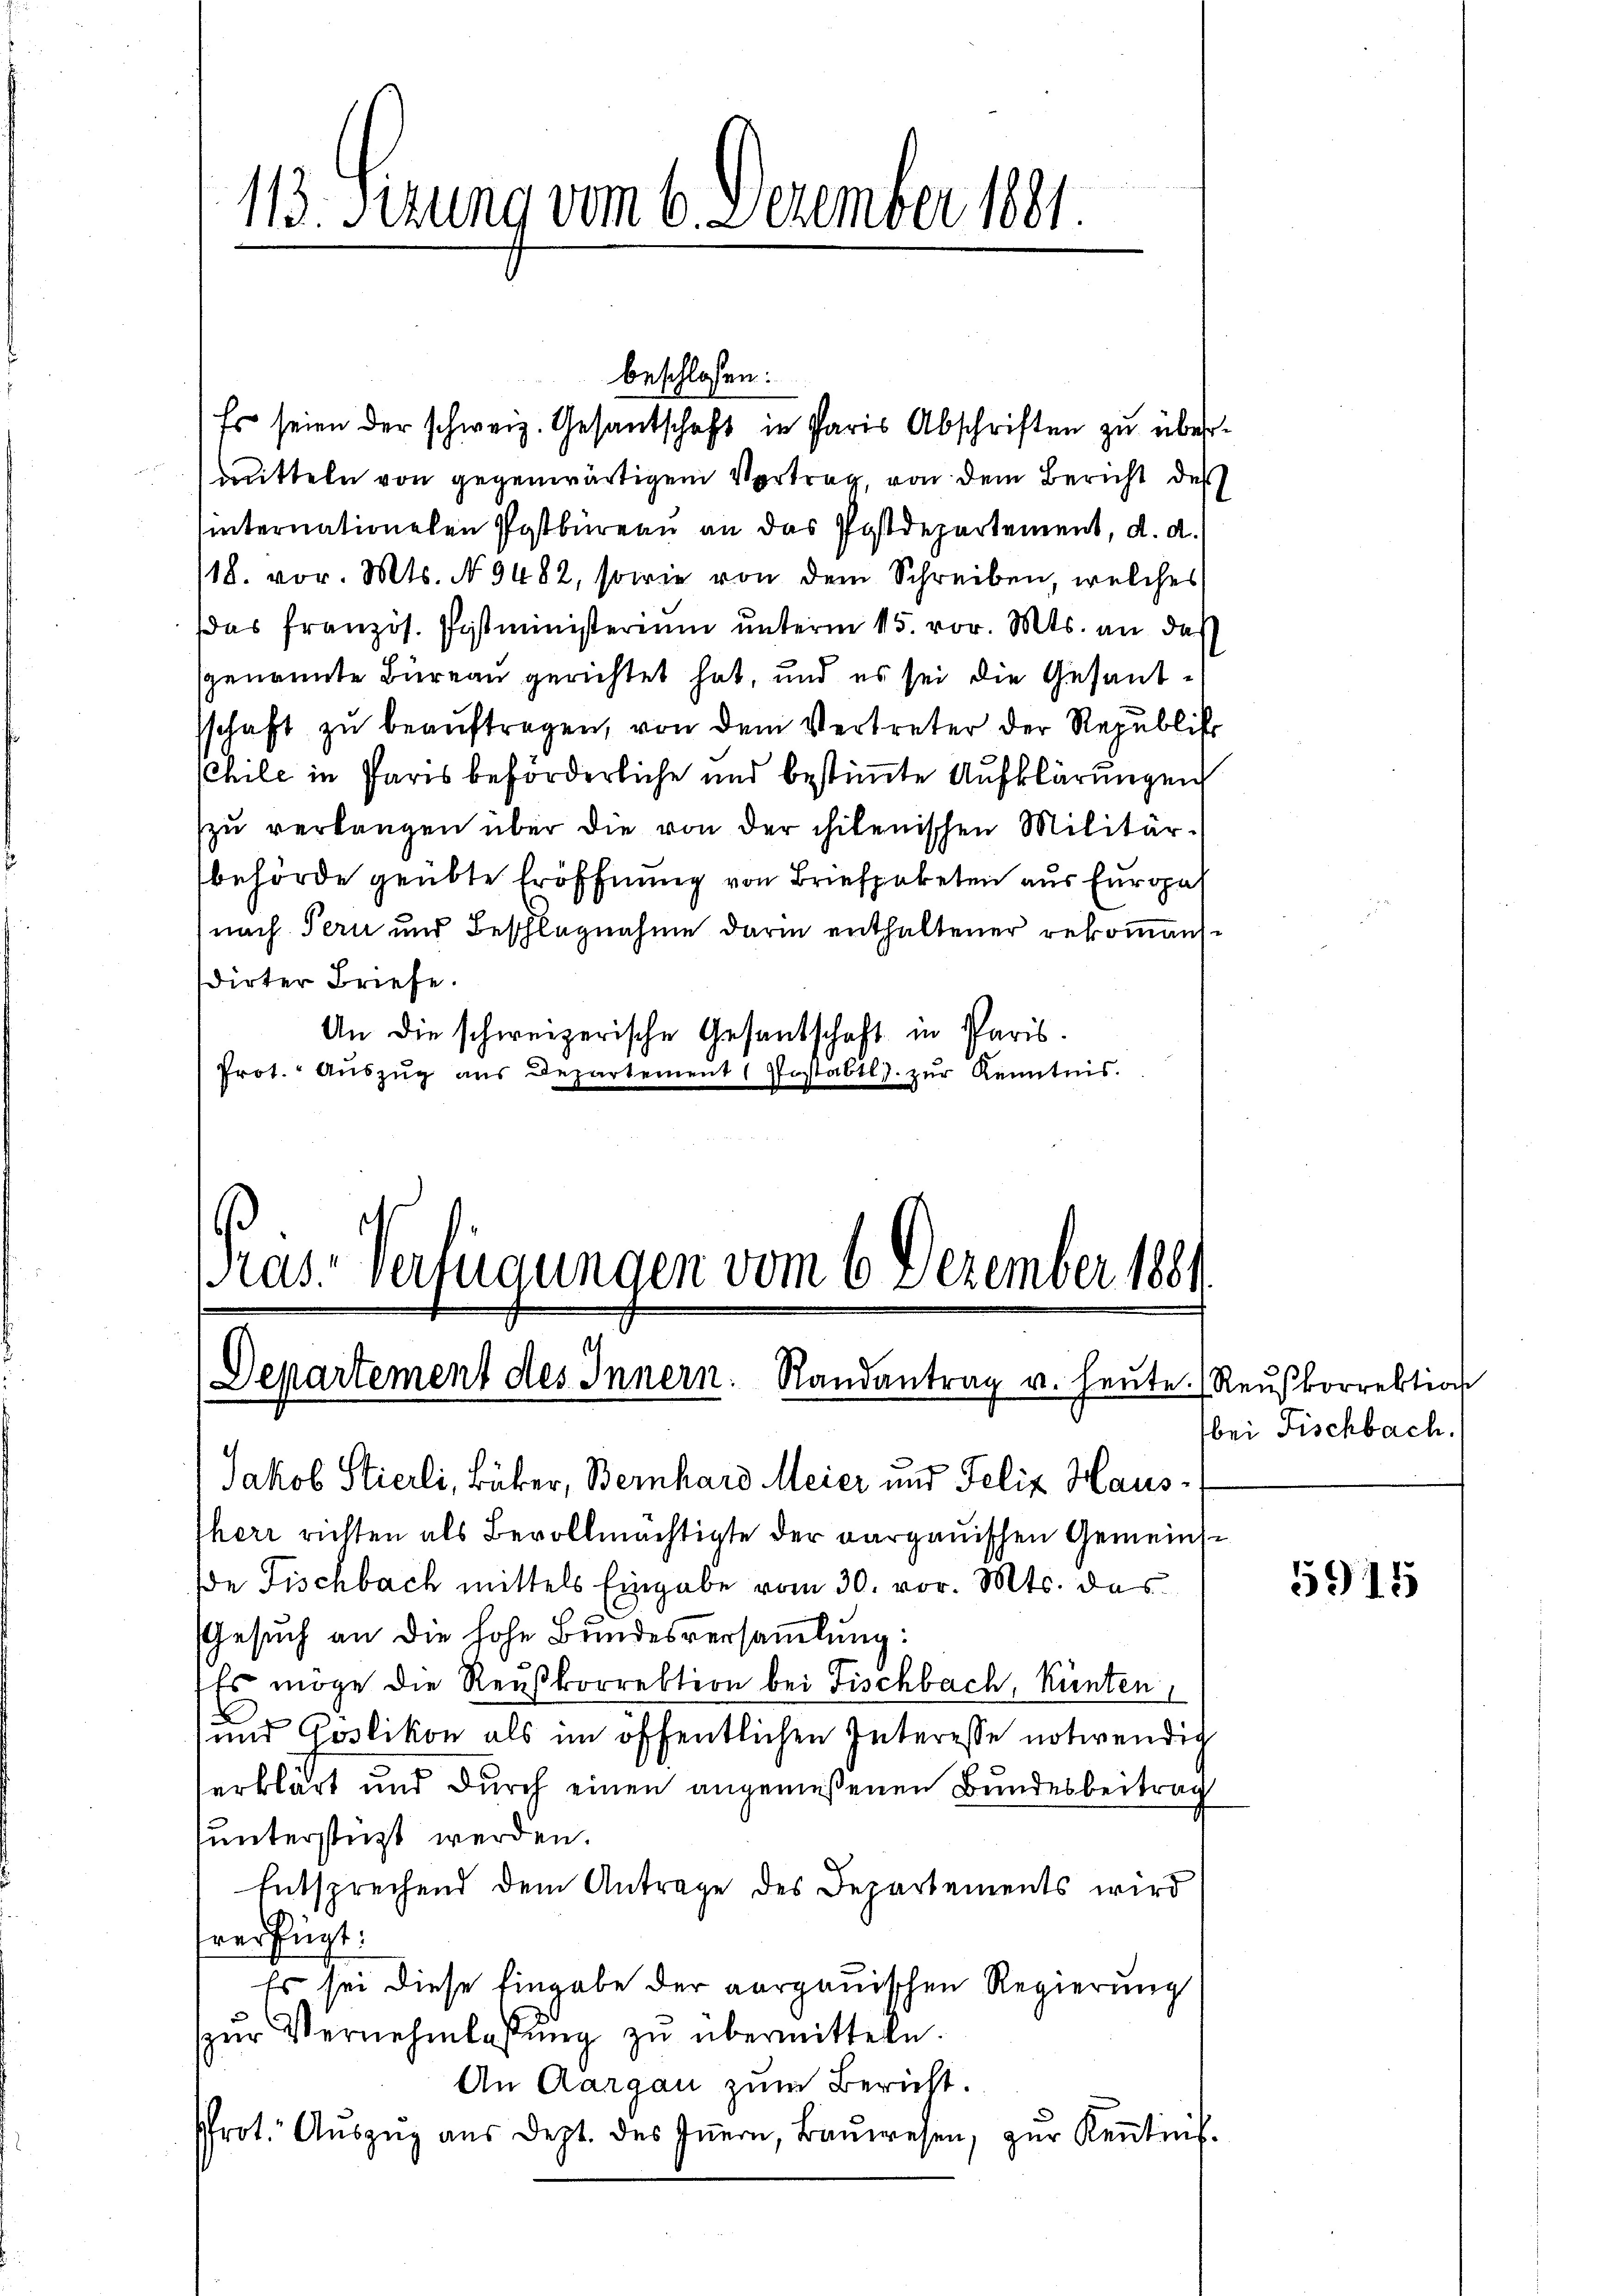
113. Sizung vom 6. Dezember 1881.

Es seien der schweiz. Gesantschaft in Paris Abschriften zu übermitteln von gegenwärtigem Vertrag, von dem Bericht des
internationelen Postbüreau an das Postdepartement, d. d.
/18. vor. Mts. No 9482, sowie von dem Schreiben, welches
das französ. Pistministerium unterm 15. vor. Mts. an das
sgenannte Büreau gerichtet hat, und es sei die Gesandsschaft zu beauftragen, von dem Vertreter der Republik
Cchile in Paris beförderliche und bestimmte Aufklärungen
zŭ verlangen über die von der chilenischen Militär-
behörde geübte Eröffnung von Briefpaketen aus fur ga
nach Tern und Beschlagnahme darin enthaltener rekommansdirter Briefe.
An die schweizerische Gesandschaft in Paris.
Prot. Aŭszŭg ans Departement (Postabtls. zŭr Kenntnis.

beschlossen:

Jakob Stierli, Buber, Bernhard Meier und Felix Hausther richten als Bevollmächtigte der aargauischen Gemeinsde Fischbach mittels Eingabe vom 30. vor. Mts. das
Gesuch an die hohe Bundesversammlung:
Es möge die Reußkorrektion bei Fischbach, Künten,
und Goslikon als im öffentlichen Interesse notwendig
erklärt und durch einen angemeßenen Bundesbeitrag
hunterstüzt werden.
Entsprechend dem Antrage des Departements wird
verfügt:
Es sei diese Eingabe der aargauischen Regierung
zŭr Vernehmlassŭng zu übermitteln.
An Aargau zum Bericht.
Prot. Aŭszŭg aŭs dept. des Iṅern, Baŭwesen, zŭr Keṅtinf-

Pras-Verfügungen vom 6 Dezember 1881.
Departement des Innern. Randantrag u. heute. (Reŭskorrektion

bei Fischbach.

5915